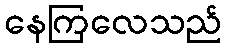
နေကြလေသည်